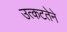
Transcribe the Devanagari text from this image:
उत्कटतेने